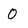
Character: 0